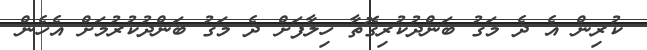
ކުރިން އެ ދެ މަގު ބަންދުކުރިގޮތާ ހިލާފަށް ދެ މަގު ބަންދުކުރުމަށް އެހެން